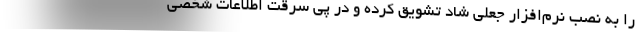
را به نصب نرم‌افزار جعلی شاد تشویق کرده و در پی سرقت اطلاعات شخصی